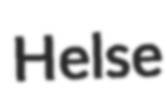
Helse